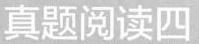
真题阅读四